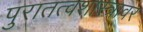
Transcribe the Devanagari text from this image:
पुरातत्वशास्त्रावर